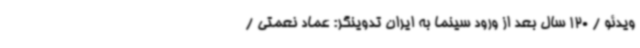
ویدئو / 120 سال بعد از ورود سینما به ایران تدوینگر: عماد نعمتی /